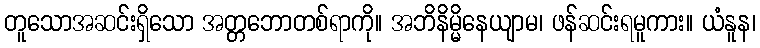
တူသောအဆင်းရှိသော အတ္တဘောတစ်ရာကို။ အဘိနိမ္မိနေယျာမ၊ ဖန်ဆင်းရမူကား။ ယံနူန၊